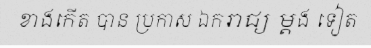
ខាងកើត បាន ប្រកាស ឯករាជ្យ ម្តង ទៀត